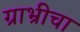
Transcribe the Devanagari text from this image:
ग्राभ्रीचा